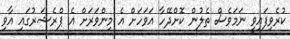
ކުރެވިފައިވީ ނަމަވެސް ތެލުން ކޮށްދޭހާ އަވަހަށް އެ މިންވަރަށް އެ ޕްރެޝަރުގައި އާވި